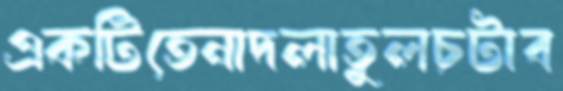
একটিতেনাদলাতুলচটাব